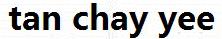
TAN CHAY YEE